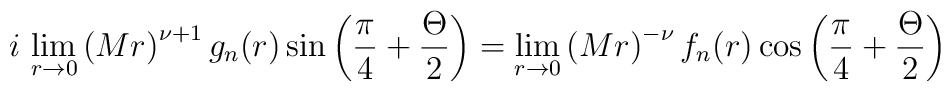
i\,\lim_{r\rightarrow 0}\left(Mr\right)^{\nu +1}g_n(r) \sin\left(\frac{\pi}{4}+\frac{\Theta}{2}\right)=\lim_{r\rightarrow 0}\left(Mr\right)^{-\nu }f_n(r) \cos\left(\frac{\pi}{4}+\frac{\Theta}{2}\right)